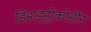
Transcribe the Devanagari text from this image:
डिहाइड्रोकोडीन